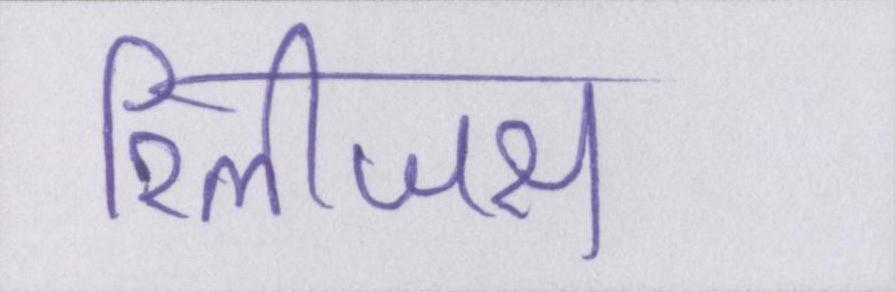
रिलीजस